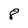
Character: 8